Sketch of the medical history of the native army of Bombay, for the year
Year: 1872
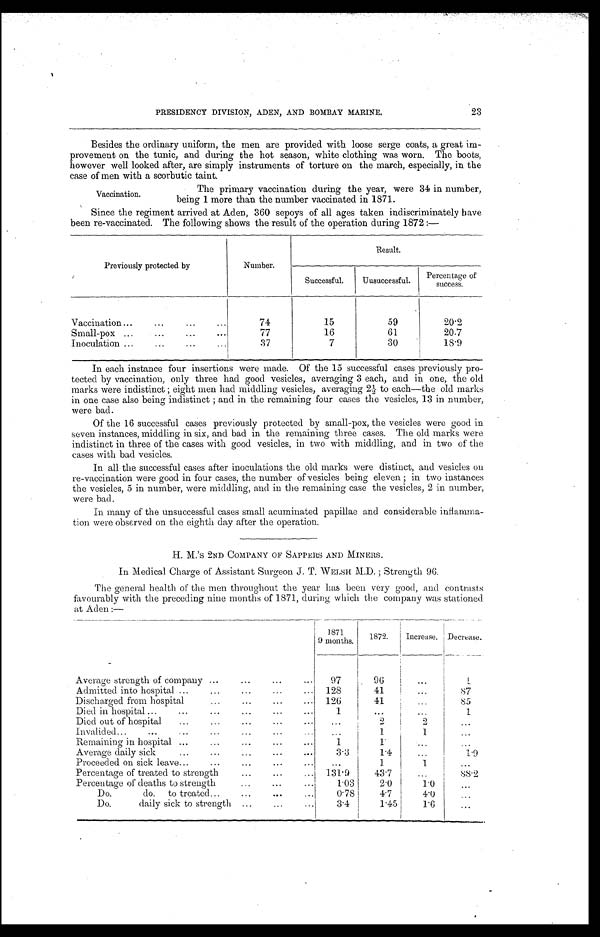
23
PRESIDENCY DIVISION, ADEN, AND BOMBAY MARINE.
Besides the ordinary uniform, the men are provided with loose serge coats, a great im
-provement on the tunic, and during the hot season, white clothing was worn. The boots,
however well looked after, are simply instruments of torture on the march, especially, in the
case of men with a scorbutic taint.
Vaccination.
The primary vaccination during the year, were 34 in number,
being 1 more than the number vaccinated in 1871.
Since the regiment arrived at Aden, 360 sepoys of all ages taken indiscriminately have
been re-vaccinated. The following shows the result of the operation during 1872:—
Previously protected by
Number.
Result.
Successful.
Uusuccessful.
Percentage of
success.
Vaccination . . .
74
15
59
20.2
Small-pox . . .
77
16
61
20.7
Inoculation . . .
37
7
30
18.9
In each instance four insertions were made. Of the 15 successful cases previously pro
-tected by vaccination, only three had good vesicles, averaging 3 each, and in one, the old
marks were indistinct; eight men had middling vesicles, averaging 2½ to each—the old marks
in one case also being indistinct; and in the remaining four cases the vesicles, 13 in number,
were bad.
Of the 16 successful cases previously protected by small-pox, the vesicles were good in
seven instances, middling in six, and bad in the remaining three cases. The old marks were
indistinct in three of the cases with good vesicles, in two with middling, and in two of the
cases with bad vesicles.
In all the successful cases after inoculations the old marks were distinct, and vesicles on
re-vaccination were good in four cases, the number of vesicles being eleven; in two instances
the vesicles, 5 in number, were middling, and in the remaining case the vesicles, 2 in number,
were bad.
In many of the unsuccessful cases small acuminated papillae and considerable inflamma
-tion were observed on the eighth day after the operation.
H. M.'s 2ND COMPANY OF SAPPERS AND MINERS.
In Medical Charge of Assistant Surgeon J. T. WELSH M.D.; Strength 96.
The general health of the men throughout the year has been very good, and contrasts
favourably with the preceding nine months of 1871, during which the company was stationed
at Aden:—
1 8 7 1
9 months.
1872.
Increase. Decrease.
Average strength of company . . .
97
96
. . .
1
Admitted into hospital . . .
128
41
. . .
8 7
Discharged from hospital . . .
126
41
. . .
85
Died in hospital . . .
1
. . .
. . .
1
Died out of hospital . . .
. . .
2
2
. . .
Invalided . . .
. . .
1
1
. . .
Remaining in hospital . . .
1
1
. . .
. . .
Average daily sick . . .
3.3
1.4
. . .
1.9
P r o c e e d e d o n s i c k l e a v e . . .
. . .
1
1
. . .
Percentage of treated to strength . . .
131.9
43.7
. . .
8 8 . 2
Percentage of deaths to strength . . .
1.03
2.0
1.0
. . .
Do. do. to treated . . .
0.78
4.7
4.0
. . .
Do. daily sick to strength . . .
3.4
1.45
1.6
. . .